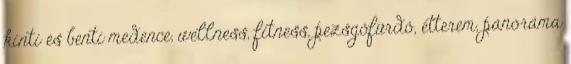
kinti és benti medence, wellness, fitness, pezsgőfürdő, étterem, panoráma